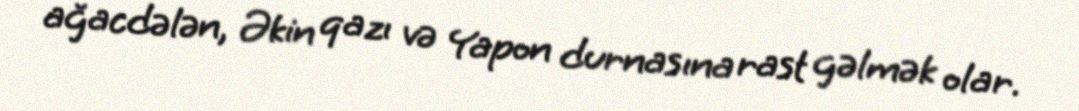
ağacdələn, Əkin qazı və Yapon durnasına rast gəlmək olar.